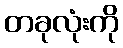
တခုလုံးကို